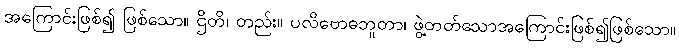
အကြောင်းဖြစ်၍ ဖြစ်သော။ ဌိတိ၊ တည်း။ ပလိဗောဓဘူတာ၊ ဖွဲ့တတ်သောအကြောင်းဖြစ်၍ဖြစ်သော။